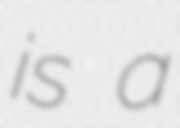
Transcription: is a